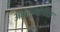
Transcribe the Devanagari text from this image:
अब्रामोविक